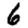
Digit: 6